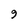
Character: 9